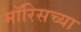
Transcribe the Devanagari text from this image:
मॉरिसच्या